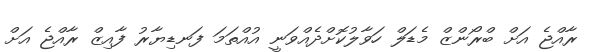
ރާއްޖެ އަށް ބްރޯންޒް މެޑަލް ހަވާލުކޮށްދެއްވަނީ އުއްތަމަ ފަނޑިޔާރު ފާއިޒް ރާއްޖެ އަށް